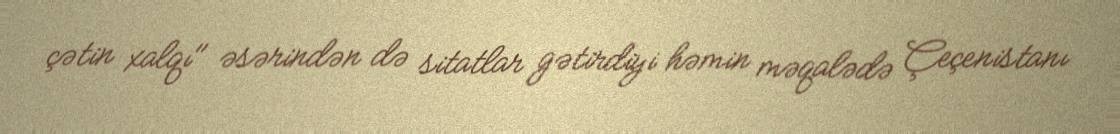
çətin xalqı" əsərindən də sitatlar gətirdiyi həmin məqalədə Çeçenistanı